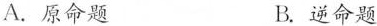
A.原命题 B.逆命题